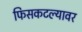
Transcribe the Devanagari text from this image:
फिसकटल्यावर